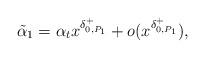
LaTeX: \begin{align*}\tilde{\alpha}_1 = \alpha_{t}x^{\delta_{0,P_{1}}^{+}}+o(x^{\delta_{0,P_{1}}^{+}}),\end{align*}